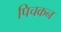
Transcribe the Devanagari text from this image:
पिचकन